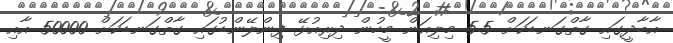
އާބާދީގައި ގާތްގަނޑަކަށް 5.5 މިލިއަން މީހުން ދިރިއުޅޭ ފިންލޭންޑުގައި ގާތްގަނޑަކަށް 50000 އާއި